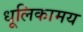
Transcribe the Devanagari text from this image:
धूलिकामय